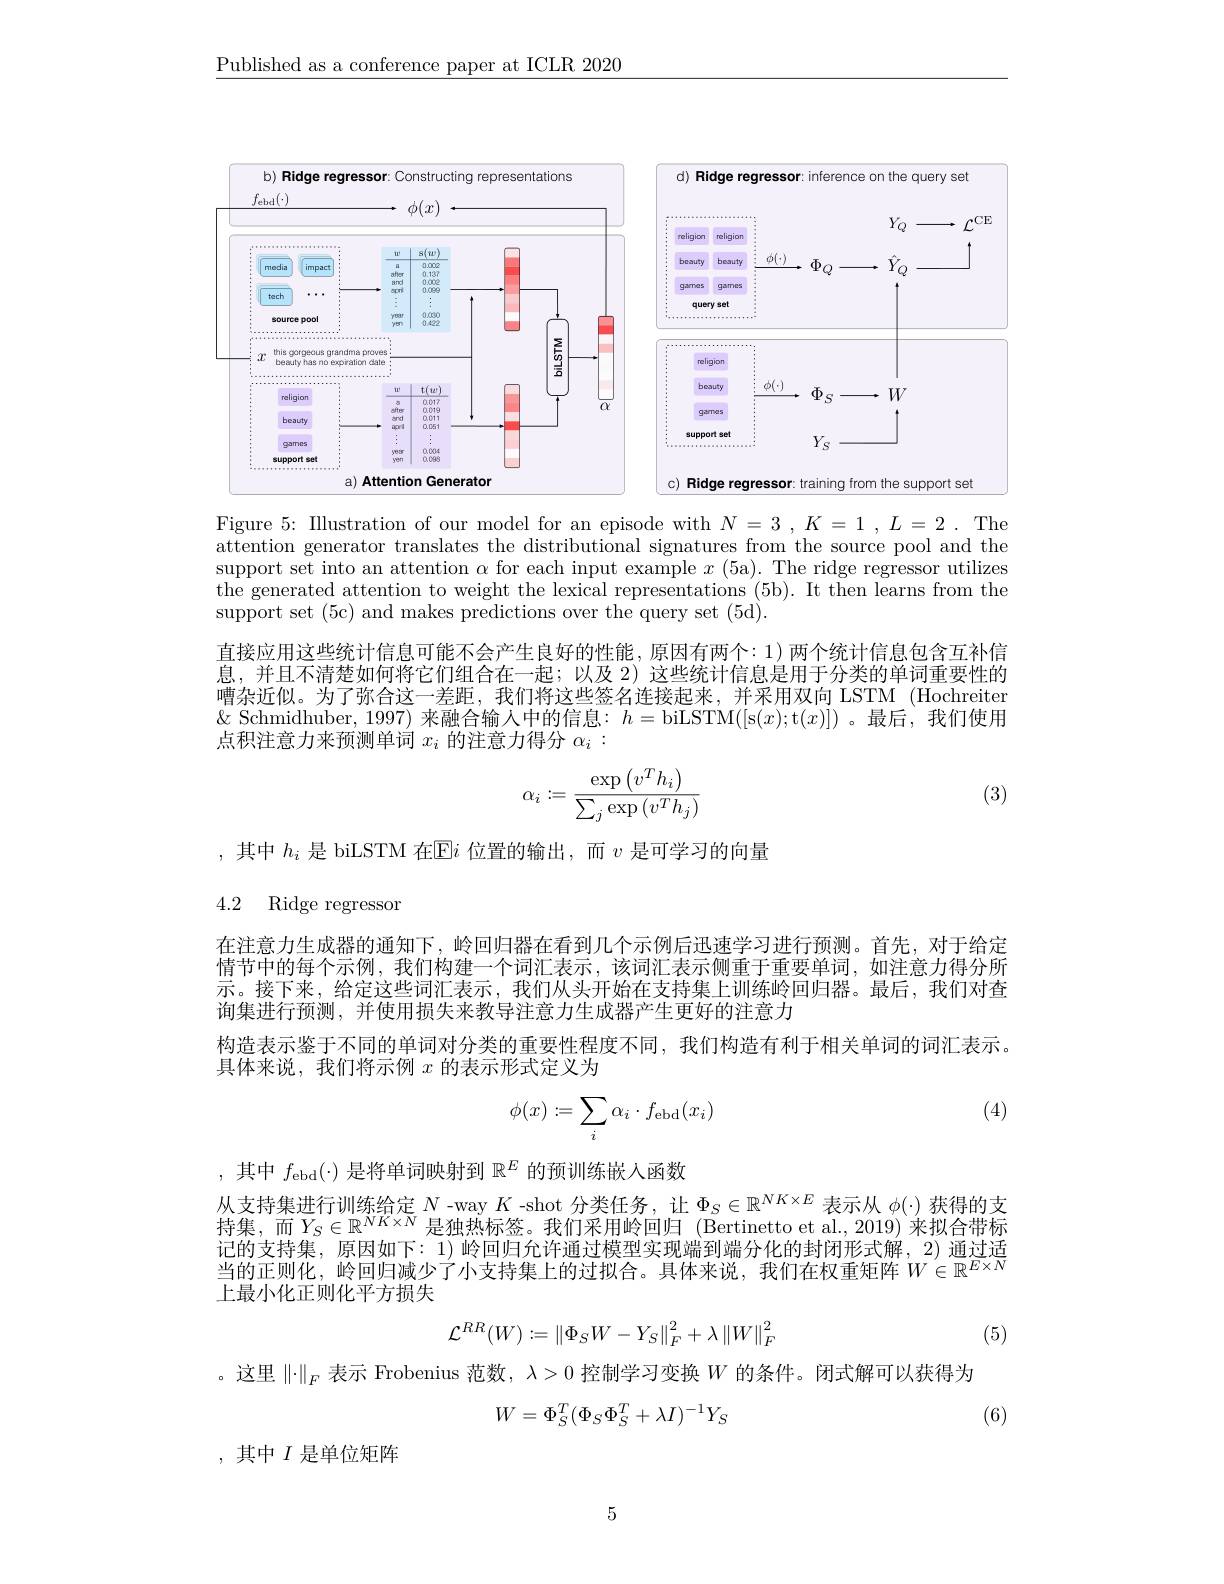
$\underline{\text{Published as a conference paper at ICLR 2020}}$

<FigureHere>

Figure 5: Illustration of our model for an episode with $N=3,K=1,L=2.$ The attention generator translates the distributional signatures from the source pool and the support set into an attention $\alpha$ for each input example $x$ ( 5a) . The ridge regressor utilizes the generated attention to weight the lexical representations (5b). It then learns from the support set (5c) and makes predictions over the query set (5d).
直接应用这些统计信息可能不会产生良好的性能，原因有两个：1) 两个统计信息包含互补信息，并且不清楚如何将它们组合在一起；以及 2)这些统计信息是用于分类的单词重要性的嘈杂近似。为了弥合这一差距，我们将这些签名连接起来，并采用双向 LSTM (Hochreiter $\&$ Schmidhuber, 1997) 来融合输人中的信息：$h=$biLSTM([s$(x);$t$(x)])$ 。最后，我们使用点积注意力来预测单词$x_i$的注意力得分$\alpha_i$
$$\alpha_i:=\frac{\exp\left(v^Th_i\right)}{\sum_j\exp\left(v^Th_j\right)}$$
(3)

,其中$h_i$是 biLSTM 在$\boxed{\mathrm{E}}i$位置的输出，而$v$是可学习的向量

4.2 Ridge regressor

在注意力生成器的通知下，岭回归器在看到几个示例后迅速学习进行预测。首先，对于给定情节中的每个示例，我们构建一个词汇表示，该词汇表示侧重于重要单词，如注意力得分所示。接下来，给定这些词汇表示，我们从头开始在支持集上训练岭回归器。最后，我们对查询集进行预测，并使用损失来教导注意力生成器产生更好的注意力
构造表示鉴于不同的单词对分类的重要性程度不同，我们构造有利于相关单词的词汇表示。
具体来说，我们将示例$x$的表示形式定义为

(4)
$$\phi(x):=\sum_i\alpha_i\cdot f_{\mathrm{ebd}}(x_i)$$
,其中$f_\mathrm{ebd}(\cdot)$是将单词映射到$\mathbb{R}^E$的预训练嵌人函数

从支持集进行训练给定$N$ -way $K$ -shot 分类任务，让$\Phi_S\in\mathbb{R}^NK\times E$表示从$\phi(\cdot)$获得的支持集，而$Y_S\in\mathbb{R}^{NK\times N}$ 是独热标签。我们采用岭回归 (Bertinetto et al.,2019)来拟合带标记的支持集，原因如下：1) 岭回归允许通过模型实现端到端分化的封闭形式解，2) 通过适当的正则化，岭回归减少了小支持集上的过拟合。具体来说，我们在权重矩阵$W\in\mathbb{R}^E\times N$ 上最小化正则化平方损失
$$\mathcal{L}^{RR}(W):=\left\|\Phi_SW-Y_S\right\|_F^2+\lambda\left\|W\right\|_F^2$$
(5)

。这里$\|\cdot\|_F$表示 Frobenius 范数，$\lambda>0$控制学习变换$W$的条件。闭式解可以获得为
$$W=\Phi_S^T(\Phi_S\Phi_S^T+\lambda I)^{-1}Y_S$$
(6)

,其中$I$是单位矩阵

5